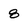
Character: 8